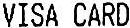
VISA CARD